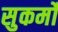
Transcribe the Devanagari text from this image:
सुकर्मों